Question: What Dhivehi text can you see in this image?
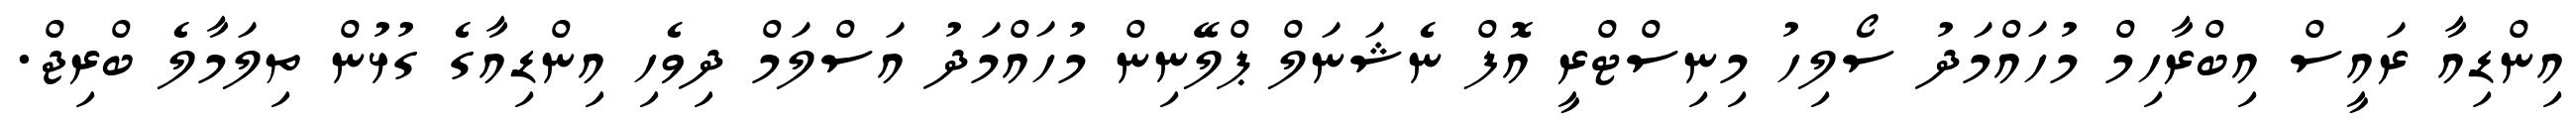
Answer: އިންޑިއާ ރައީސް އިބްރާހިމް މުހައްމަދު ސޯލިހު މިނިސްޓްރީ އޮފް ނެޝަނަލް ޕްލޭނިން މުހައްމަދު އަސްލަމް ދިވެހި އިންޑިއާގެ ގުޅުން ތިލަމާލެ ބްރިޖް.